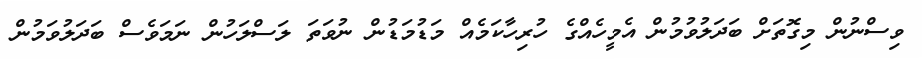
ވިސްނުން މިގޮތަށް ބަދަލުވުމުން އެމީހެއްގެ ހުރިހާކަމެއް މަޑުމަޑުން ނުވަތަ ލަސްލަހުން ނަމަވެސް ބަދަލުވަމުން